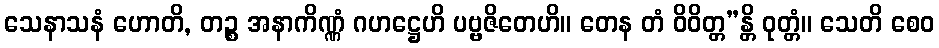
သေနာသနံ ဟောတိ, တဉ္စ အနာကိဏ္ဏံ ဂဟဋ္ဌေဟိ ပဗ္ဗဇိတေဟိ။ တေန တံ ဝိဝိတ္တ”န္တိ ဝုတ္တံ။ သေတိ စေဝ